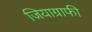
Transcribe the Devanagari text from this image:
जियाग्राफी